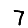
Digit: 7